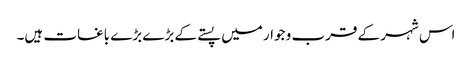
اس شہر کے قرب و جوار میں پستے کے بڑے بڑے باغات ہیں۔